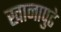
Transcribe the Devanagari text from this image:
खानापुढे